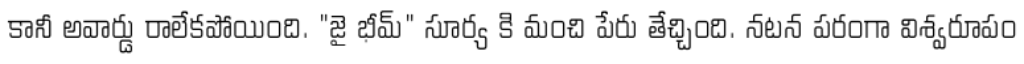
కానీ అవార్డు రాలేకపోయింది. "జై భీమ్" సూర్య కి మంచి పేరు తేచ్చింది. నటన పరంగా విశ్వరూపం